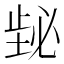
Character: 𪴸